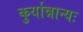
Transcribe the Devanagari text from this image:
कुर्यान्नान्यः